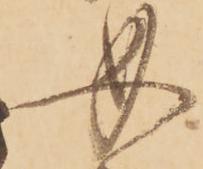
必